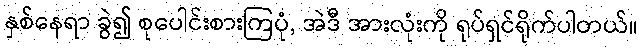
နှစ်နေရာ ခွဲ၍ စုပေါင်းစားကြပုံ, အဲဒီ အားလုံးကို ရုပ်ရှင်ရိုက်ပါတယ်။